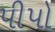
પીપો